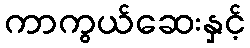
ကာကွယ်ဆေးနှင့်